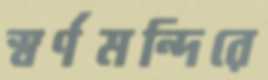
স্বর্ণমন্দিরে